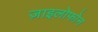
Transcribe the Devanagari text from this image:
ज़ाइलोफोन